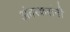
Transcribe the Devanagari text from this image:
अंतरकरांनी